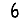
Digit: 6